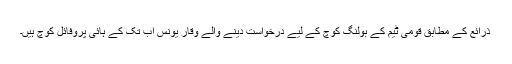
ذرائع کے مطابق قومی ٹیم کے بولنگ کوچ کے لیے درخواست دینے والے وقار یونس اب تک کے ہائی پروفائل کوچ ہیں۔